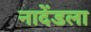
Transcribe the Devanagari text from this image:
नादेंडला